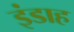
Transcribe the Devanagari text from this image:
इंडाह